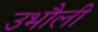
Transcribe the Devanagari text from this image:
उभौली